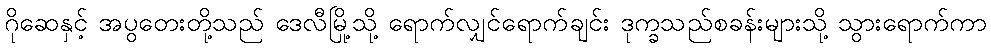
ဂိုဆေနှင့် အပွတေးတို့သည် ဒေလီမြို့သို့ ရောက်လျှင်ရောက်ချင်း ဒုက္ခသည်စခန်းများသို့ သွားရောက်ကာ